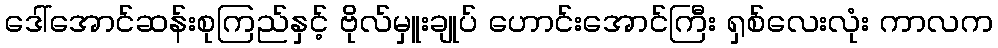
ဒေါ်အောင်ဆန်းစုကြည်နှင့် ဗိုလ်မှူးချုပ် ဟောင်းအောင်ကြီး ရှစ်လေးလုံး ကာလက